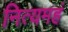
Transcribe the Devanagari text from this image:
नित्यमहं